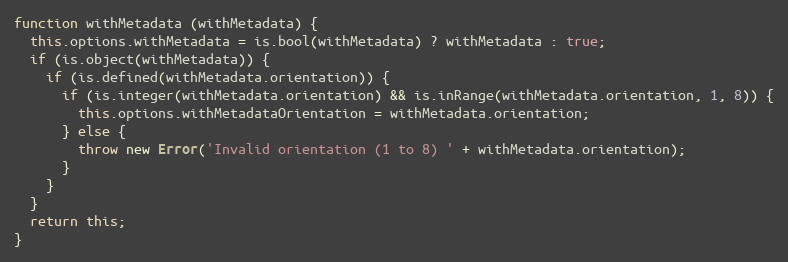
Language: JavaScript
function withMetadata (withMetadata) {
  this.options.withMetadata = is.bool(withMetadata) ? withMetadata : true;
  if (is.object(withMetadata)) {
    if (is.defined(withMetadata.orientation)) {
      if (is.integer(withMetadata.orientation) && is.inRange(withMetadata.orientation, 1, 8)) {
        this.options.withMetadataOrientation = withMetadata.orientation;
      } else {
        throw new Error('Invalid orientation (1 to 8) ' + withMetadata.orientation);
      }
    }
  }
  return this;
}